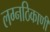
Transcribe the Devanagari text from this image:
लग्नठिकाणी